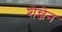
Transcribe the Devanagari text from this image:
शेन्जेन